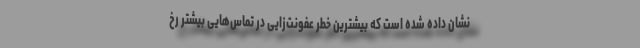
نشان داده شده است که بیشترین خطر عفونت‌زایی در تماس‌هایی بیشتر رخ